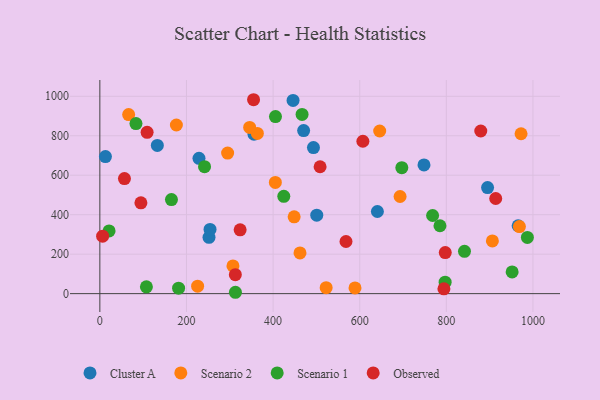
{"axis": {"x": "Price", "y": "Salary"}, "legend": ["Cluster A", "Observed", "Scenario 1", "Scenario 2"], "data": [{"x": "132.7", "y": 751.2, "type": "Cluster A"}, {"x": "12.9", "y": 694.4, "type": "Cluster A"}, {"x": "640.8", "y": 416.1, "type": "Cluster A"}, {"x": "228.9", "y": 685.8, "type": "Cluster A"}, {"x": "252.0", "y": 285.3, "type": "Cluster A"}, {"x": "965.8", "y": 344.0, "type": "Cluster A"}, {"x": "254.4", "y": 325.3, "type": "Cluster A"}, {"x": "355.9", "y": 807.6, "type": "Cluster A"}, {"x": "895.2", "y": 537.2, "type": "Cluster A"}, {"x": "470.5", "y": 826.3, "type": "Cluster A"}, {"x": "446.1", "y": 979.2, "type": "Cluster A"}, {"x": "748.4", "y": 652.0, "type": "Cluster A"}, {"x": "500.8", "y": 397.5, "type": "Cluster A"}, {"x": "493.2", "y": 740.0, "type": "Cluster A"}, {"x": "589.1", "y": 28.8, "type": "Scenario 2"}, {"x": "307.3", "y": 140.5, "type": "Scenario 2"}, {"x": "363.7", "y": 811.8, "type": "Scenario 2"}, {"x": "693.2", "y": 492.2, "type": "Scenario 2"}, {"x": "345.9", "y": 842.2, "type": "Scenario 2"}, {"x": "646.1", "y": 824.1, "type": "Scenario 2"}, {"x": "968.7", "y": 339.9, "type": "Scenario 2"}, {"x": "906.3", "y": 267.1, "type": "Scenario 2"}, {"x": "972.5", "y": 810.2, "type": "Scenario 2"}, {"x": "295.0", "y": 712.2, "type": "Scenario 2"}, {"x": "225.7", "y": 37.8, "type": "Scenario 2"}, {"x": "522.5", "y": 30.0, "type": "Scenario 2"}, {"x": "462.1", "y": 206.1, "type": "Scenario 2"}, {"x": "66.5", "y": 907.6, "type": "Scenario 2"}, {"x": "448.6", "y": 389.0, "type": "Scenario 2"}, {"x": "405.2", "y": 563.7, "type": "Scenario 2"}, {"x": "176.7", "y": 854.6, "type": "Scenario 2"}, {"x": "313.0", "y": 6.9, "type": "Scenario 1"}, {"x": "405.5", "y": 897.4, "type": "Scenario 1"}, {"x": "466.9", "y": 908.1, "type": "Scenario 1"}, {"x": "697.2", "y": 638.4, "type": "Scenario 1"}, {"x": "241.7", "y": 643.3, "type": "Scenario 1"}, {"x": "768.3", "y": 395.9, "type": "Scenario 1"}, {"x": "785.3", "y": 344.0, "type": "Scenario 1"}, {"x": "841.9", "y": 214.3, "type": "Scenario 1"}, {"x": "83.4", "y": 861.6, "type": "Scenario 1"}, {"x": "987.1", "y": 284.6, "type": "Scenario 1"}, {"x": "424.7", "y": 493.0, "type": "Scenario 1"}, {"x": "107.5", "y": 34.3, "type": "Scenario 1"}, {"x": "951.9", "y": 110.0, "type": "Scenario 1"}, {"x": "181.8", "y": 27.7, "type": "Scenario 1"}, {"x": "797.2", "y": 58.3, "type": "Scenario 1"}, {"x": "165.3", "y": 476.8, "type": "Scenario 1"}, {"x": "21.3", "y": 317.7, "type": "Scenario 1"}, {"x": "797.5", "y": 208.0, "type": "Observed"}, {"x": "94.8", "y": 460.3, "type": "Observed"}, {"x": "879.5", "y": 824.1, "type": "Observed"}, {"x": "568.3", "y": 264.3, "type": "Observed"}, {"x": "354.9", "y": 982.6, "type": "Observed"}, {"x": "312.8", "y": 96.0, "type": "Observed"}, {"x": "794.4", "y": 24.3, "type": "Observed"}, {"x": "508.5", "y": 643.0, "type": "Observed"}, {"x": "109.1", "y": 817.3, "type": "Observed"}, {"x": "56.8", "y": 582.9, "type": "Observed"}, {"x": "323.9", "y": 323.6, "type": "Observed"}, {"x": "914.0", "y": 482.1, "type": "Observed"}, {"x": "607.3", "y": 772.2, "type": "Observed"}, {"x": "6.4", "y": 291.0, "type": "Observed"}]}